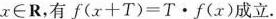
$$x \in R$$，有$$f ( x + T ) = T \cdot f ( x )$$成立.